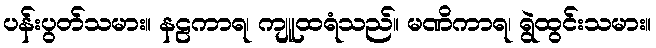
ပန်းပွတ်သမား။ နဠကာရ၊ ကျူထရံသည်။ မဏိကာရ၊ ရွဲထွင်းသမား။